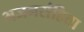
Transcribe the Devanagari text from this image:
भजनसंहिता